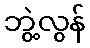
ဘွဲ့လွန်